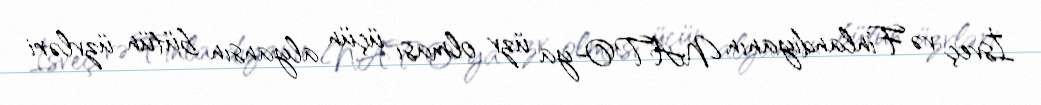
İsveç və Finlandiyanın NATO-ya üzv olması üçün alyansın bütün üzvləri